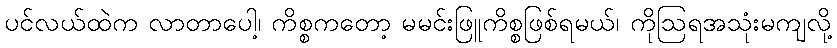
ပင်လယ်ထဲက လာတာပေါ့၊ ကိစ္စကတော့ မမင်းဖြူကိစ္စဖြစ်ရမယ်၊ ကိုဩရအသုံးမကျလို့